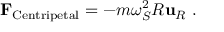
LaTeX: \mathbf { F } _ { \mathrm { C e n t r i p e t a l } } = - m \omega _ { S } ^ { 2 } R \mathbf { u } _ { R } \ .